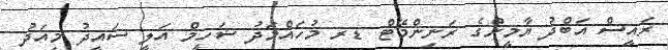
ރައީސް އަބްދު ޔާމީންގެ ރަނިންމޭޓް ޑރ މުހައްމަދު ޝަހީމް އަލީ ސައީދު މިއަދު